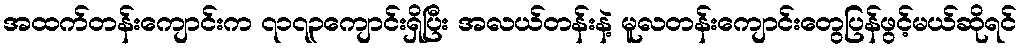
အထက်တန်းကျောင်းက ၇၁၇၃ကျောင်းရှိပြီး အလယ်တန်းနဲ့ မူလတန်းကျောင်းတွေပြန်ဖွင့်မယ်ဆိုရင်